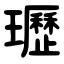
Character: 瓑